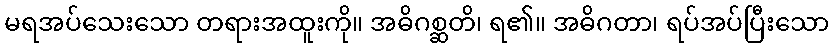
မရအပ်သေးသော တရားအထူးကို။ အဓိဂစ္ဆတိ၊ ရ၏။ အဓိဂတာ၊ ရပ်အပ်ပြီးသော